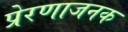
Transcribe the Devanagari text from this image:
प्रेरणाजनक